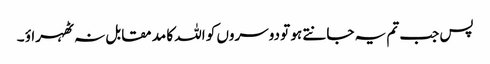
پس جب تم یہ جانتے ہو تو دوسروں کو اللہ کا مد مقابل نہ ٹھہراؤ ۔